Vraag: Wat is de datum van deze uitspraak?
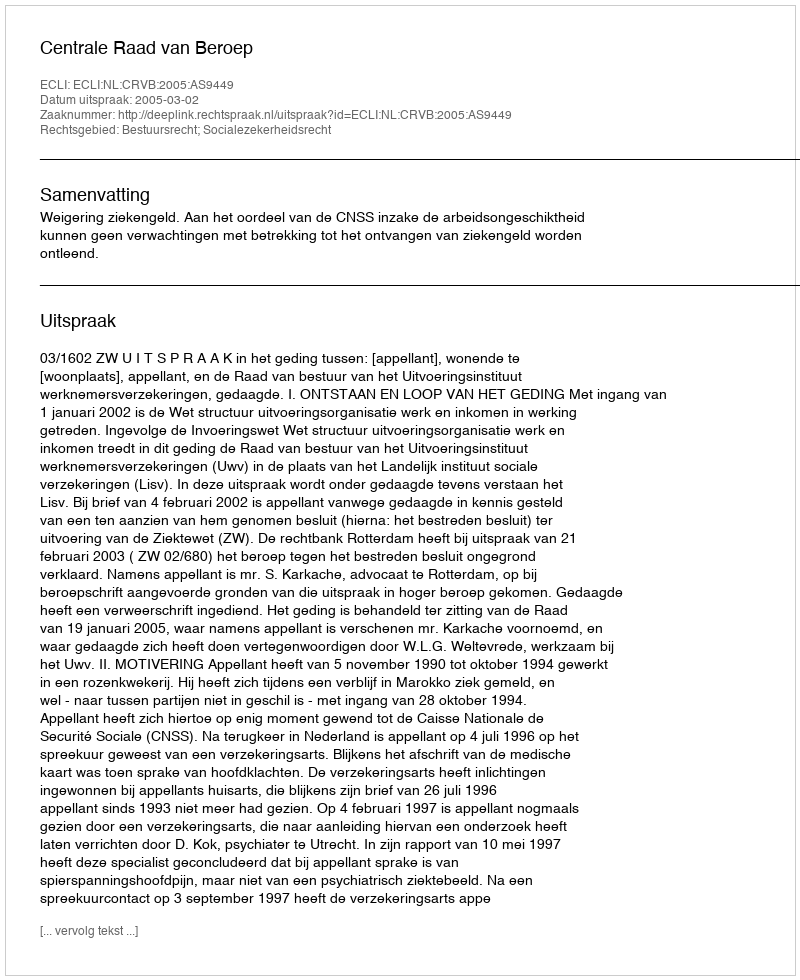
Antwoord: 2005-03-02